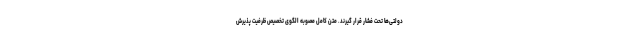
دولتی‌ها تحت فشار قرار گیرند. متن کامل مصوبه الگوی تخصیص ظرفیت پذیرش